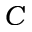
C